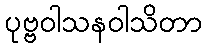
ပုဗ္ဗဝါသနဝါသိတာ